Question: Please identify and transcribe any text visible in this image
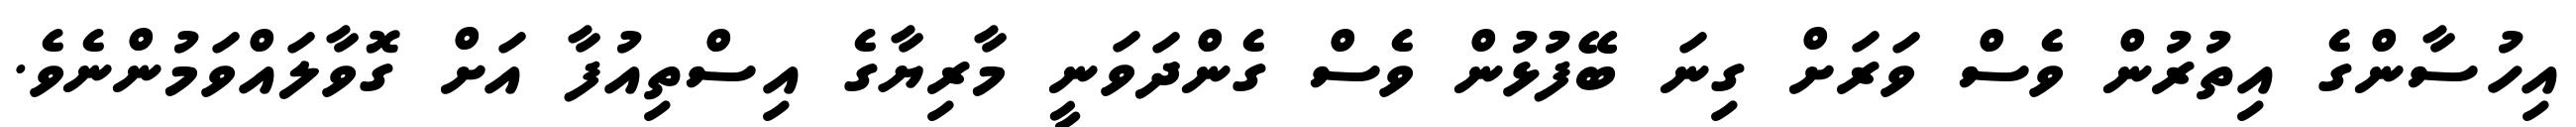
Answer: އިހުސާންގެ އިތުރުން ވެސް ވަރަށް ގިނަ ބޭފުޅުން ވެސް ގެންދަވަނީ މާރިޔާގެ އިސްތިއުފާ އަށް ގޮވާލައްވަމުންނެވެ.